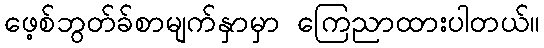
ဖေ့စ်ဘွတ်ခ်စာမျက်နှာမှာ ကြေညာထားပါတယ်။